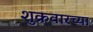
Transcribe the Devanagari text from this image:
शुक्रवारच्या